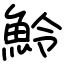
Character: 魿